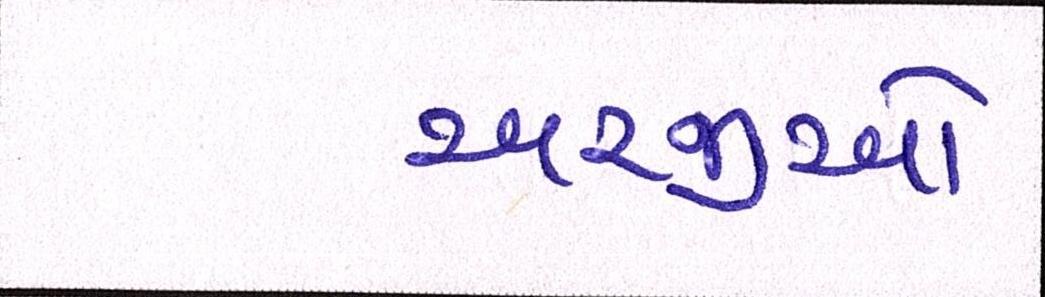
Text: અરજીઓ